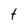
Character: t